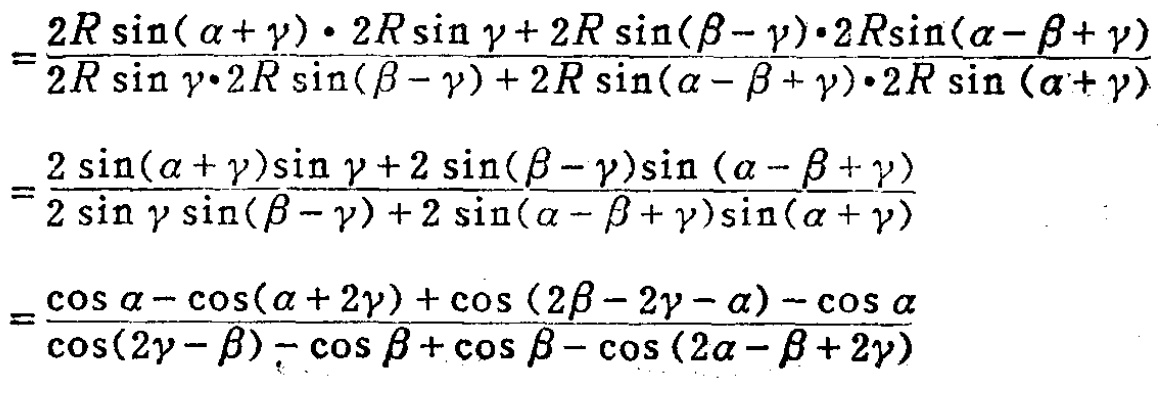
\[
\begin{align*}
&=\frac{2R\sin(\alpha + \gamma)\cdot 2R\sin\gamma + 2R\sin(\beta - \gamma)\cdot 2R\sin(\alpha - \beta + \gamma)}{2R\sin\gamma\cdot 2R\sin(\beta - \gamma)+ 2R\sin(\alpha - \beta + \gamma)\cdot 2R\sin(\alpha + \gamma)}\\
&=\frac{2\sin(\alpha + \gamma)\sin\gamma + 2\sin(\beta - \gamma)\sin(\alpha - \beta + \gamma)}{2\sin\gamma\sin(\beta - \gamma)+ 2\sin(\alpha - \beta + \gamma)\sin(\alpha + \gamma)}\\
&=\frac{\cos\alpha - \cos(\alpha + 2\gamma)+\cos(2\beta - 2\gamma - \alpha)-\cos\alpha}{\cos(2\gamma - \beta)-\cos\beta+\cos\beta - \cos(2\alpha - \beta + 2\gamma)}
\end{align*}
\]